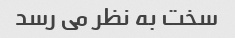
سخت به نظر می رسد